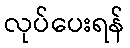
လုပ်ပေးရန်